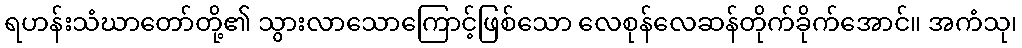
ရဟန်းသံဃာတော်တို့၏ သွားလာသောကြောင့်ဖြစ်သော လေစုန်လေဆန်တိုက်ခိုက်အောင်။ အကံသု၊